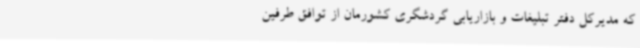
که مدیرکل دفتر تبلیغات و بازاریابی گردشگری کشورمان از توافق طرفین